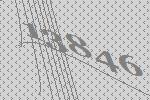
13846